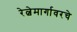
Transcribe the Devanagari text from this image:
रेल्वेमार्गावरचे